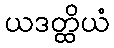
ယဒတ္ထိယံ